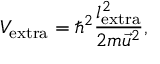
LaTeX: V _ { \mathrm { e x t r a } } = \hbar ^ { 2 } \frac { l _ { \mathrm { e x t r a } } ^ { 2 } } { 2 m \vec { u } ^ { 2 } } ,